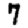
Digit: 7